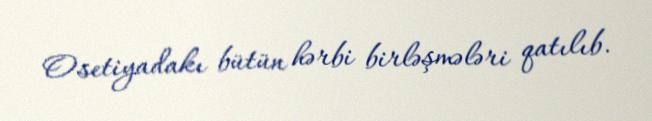
Osetiyadakı bütün hərbi birləşmələri qatılıb.